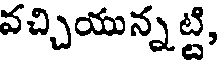
వచ్చియున్నట్టి,